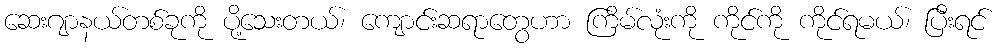
ဆေးဂျာနယ်တစ်ခုကို ပို့သေးတယ်၊ ကျောင်းဆရာတွေဟာ ကြိမ်လုံးကို ကိုင်ကို ကိုင်ရမယ်၊ ပြီးရင်